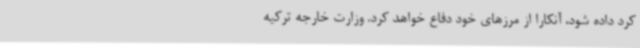
کرد داده شود، آنکارا از مرزهای خود دفاع خواهد کرد. وزارت خارجه ترکیه